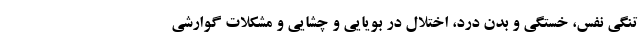
تنگی نفس، خستگی و بدن درد، اختلال در بویایی و چشایی و مشکلات گوارشی